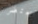
يحتضر